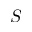
S